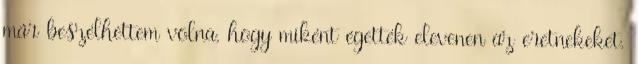
már beszélhettem volna, hogy miként égették elevenen az eretnekeket.